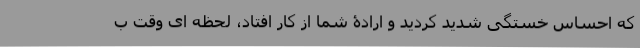
که احساس خستگی شدید کردید و ارادۀ شما از کار افتاد، لحظه ای وقت ب